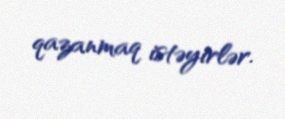
qazanmaq istəyirlər.